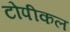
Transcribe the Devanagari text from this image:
टोपीकल